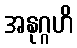
အနုဂ္ဂဟိ